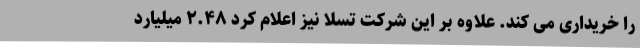
را خریداری می کند. علاوه بر این شرکت تسلا نیز اعلام کرد ۲.۴۸ میلیارد